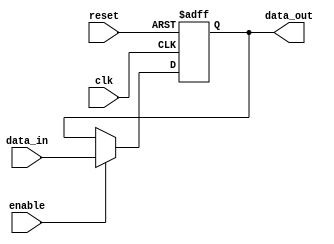
module io_block_compensated_bidirectional_buffer (
    input wire clk,
    input wire reset,
    input wire enable,
    input wire data_in,
    output reg data_out
);

reg compensated_data;

always @(posedge clk or posedge reset) begin
    if (reset) begin
        compensated_data <= 1'b0;
    end else begin
        if (enable) begin
            compensated_data <= data_in;
        end else begin
            compensated_data <= data_out;
        end
    end
end

assign data_out = compensated_data;

endmodule